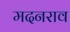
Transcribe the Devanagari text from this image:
मदनराव